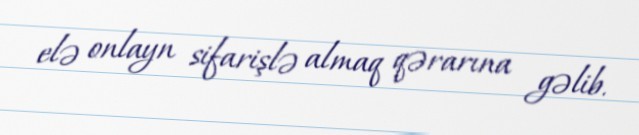
elə onlayn sifarişlə almaq qərarına gəlib.